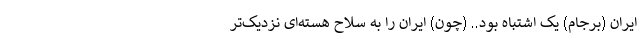
ایران (برجام) یک اشتباه بود.. (چون) ایران را به سلاح هسته‌ای نزدیک‌تر